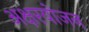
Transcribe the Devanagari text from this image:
अक्षरयोजन